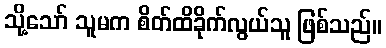
သို့သော် သူမက စိတ်ထိခိုက်လွယ်သူ ဖြစ်သည်။